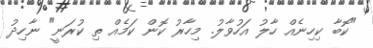
"ކޮބާ ކިހިނެއް ހާލު އަހުވާލު. މިހާރު ކޮން ކަމެއް ތި ކުރަނީ" ނާހިދު